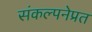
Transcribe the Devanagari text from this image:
संकल्पनेप्रत